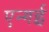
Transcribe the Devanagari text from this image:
एन्गई